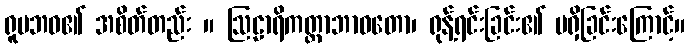
ရူပဘဝ၏ အစိတ်တည်း ။ ဩဠာရိကတ္တာဘာဝတော၊ ရုန့်ရင်းခြင်း၏ မရှိခြင်းကြောင့်။